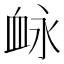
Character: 䘑